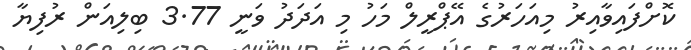
ކޮށްފައިވާއިރު މިއަހަރުގެ އޭޕްރީލް މަހު މި އަދަދު ވަނީ 3.77 ބިލިއަން ރުފިޔާ